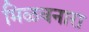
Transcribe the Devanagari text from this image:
मिळवनारा